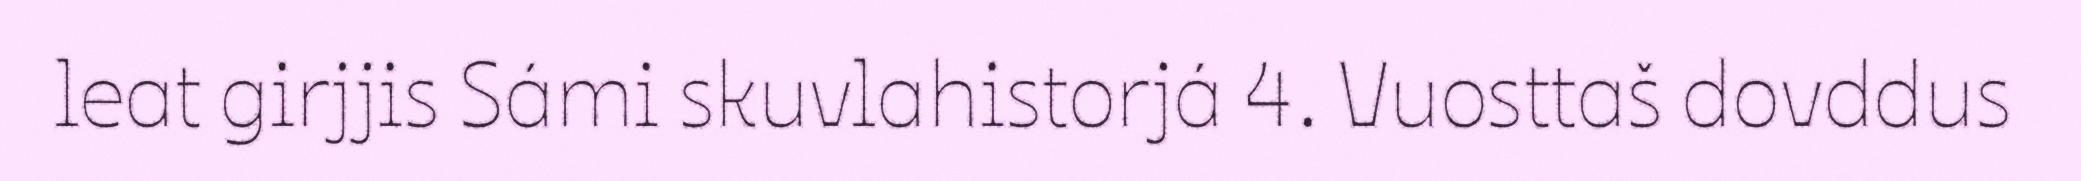
leat girjjis Sámi skuvlahistorjá 4. Vuosttaš dovddus